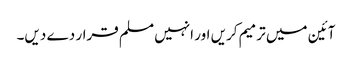
آئین میں ترمیم کریں اور انہیں مسلم قرار دے دیں۔